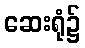
ဆေးရုံ၌